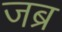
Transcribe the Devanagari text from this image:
जब्र